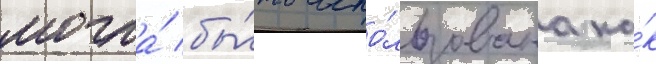
могла́ бы́ть испо́льзована ка́к